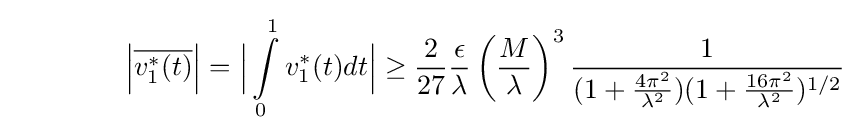
\qquad \qquad {\Big |}{\overline {v_{1}^{*}(t)}}{\Big |}={\Big |}\int \limits _{0}^{1}v_{1}^{*}(t)dt{\Big |}\geq {\frac {2}{27}}{\frac {\epsilon }{\lambda }}\left({\frac {M}{\lambda }}\right)^{3}{\frac {1}{(1+{\frac {4\pi ^{2}}{\lambda ^{2}}})(1+{\frac {16\pi ^{2}}{\lambda ^{2}}})^{1/2}}}